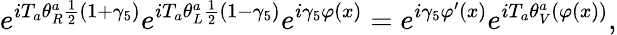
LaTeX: e^{{iT_{a}\theta_{R}^{a}\frac{1}{2}(1+\gamma_{5})}}e^{{iT_{a}\theta_{L}^{a}\frac{1}{2}(1-\gamma_{5})}}e^{i\gamma_{5}\varphi(x)}=e^{i\gamma_{5}\varphi^{\prime}(x)}e^{iT_{a}\theta_{V}^{a}(\varphi(x))},